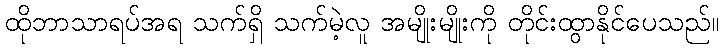
ထိုဘာသာရပ်အရ သက်ရှိ သက်မဲ့လူ အမျိုးမျိုးကို တိုင်းထွာနိုင်ပေသည်။